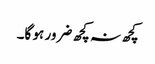
کچھ نہ کچھ ضرور ہو گا۔